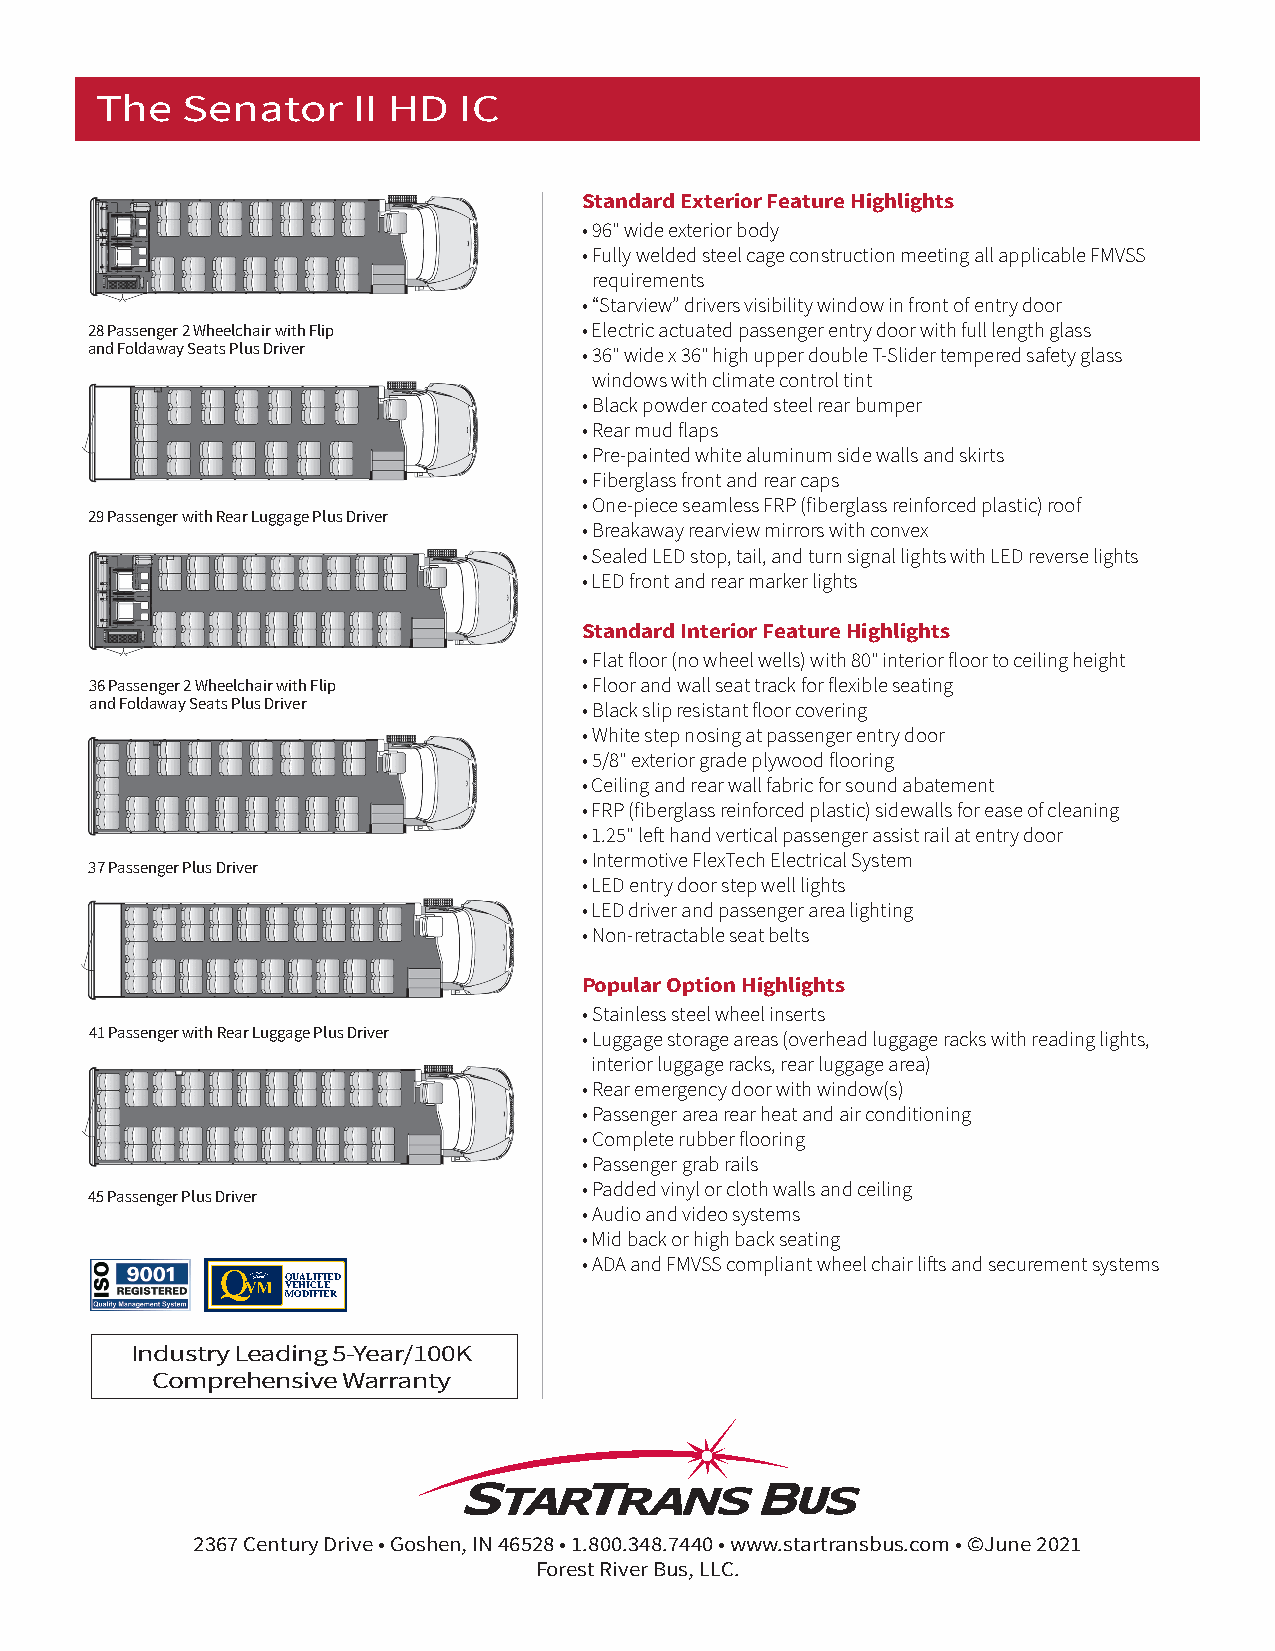
The   Senator    II HD  IC
 Standard Exterior Feature Highlights
 • 96" wide exterior body
 • Fully welded steel cage construction meeting all applicable FMVSS
 requirements
 • “Starview” drivers visibility window in front of entry door
 28 Passenger 2 Wheelchair with Flip • Electric actuated passenger entry door with full length glass
 and Foldaway Seats Plus Driver   • 36" wide x 36" high upper double T-Slider tempered safety glass
 windows with climate control tint
 • Black powder coated steel rear bumper
 • Rear mud flaps
 • Pre-painted white aluminum side walls and skirts
 • Fiberglass front and rear caps
 • One-piece seamless FRP (fiberglass reinforced plastic) roof
 29 Passenger with Rear Luggage Plus Driver
 • Breakaway rearview mirrors with convex
 • Sealed LED stop, tail, and turn signal lights with LED reverse lights
 • LED front and rear marker lights
 Standard Interior Feature Highlights
 • Flat floor (no wheel wells) with 80" interior floor to ceiling height
 36 Passenger 2 Wheelchair with Flip • Floor and wall seat track for flexible seating
 and Foldaway Seats Plus Driver   • Black slip resistant floor covering
 • White step nosing at passenger entry door
 • 5/8" exterior grade plywood flooring
 • Ceiling and rear wall fabric for sound abatement
 • FRP (fiberglass reinforced plastic) sidewalls for ease of cleaning
 • 1.25" left hand vertical passenger assist rail at entry door
 • Intermotive FlexTech Electrical System
 37 Passenger Plus Driver
 • LED entry door step well lights
 • LED driver and passenger area lighting
 • Non-retractable seat belts
 Popular Option Highlights
 • Stainless steel wheel inserts
 41 Passenger with Rear Luggage Plus Driver • Luggage storage areas (overhead luggage racks with reading lights,
 interior luggage racks, rear luggage area)
 • Rear emergency door with window(s)
 • Passenger area rear heat and air conditioning
 • Complete rubber flooring
 • Passenger grab rails
 • Padded vinyl or cloth walls and ceiling
 45 Passenger Plus Driver
 • Audio and video systems
 • Mid back or high back seating
 • ADA and FMVSS compliant wheel chair lifts and securement systems
 QUALIFIED
 VEHICLE
 MODIFIER
 Industry Leading 5-Year/100K
 Comprehensive Warranty
 2367 Century Drive • Goshen, IN 46528 • 1.800.348.7440 • www.startransbus.com • ©June 2021
 Forest River Bus, LLC.